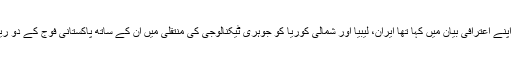
ڈاکٹر قدیر خان نے 2004 میں اپنے اعترافی بیان میں کہا تھا ایران، لیبیا اور شمالی کوریا کو جوہری ٹیکنالوجی کی منتقلی میں اُن کے ساتھ پاکستانی فوج کے دو ریٹائرڈ بریگیڈیئر بھی شامل تھے۔